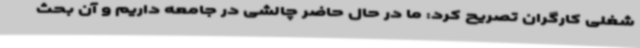
شغلی کارگران تصریح کرد: ما در حال حاضر چالشی در جامعه داریم و آن بحث